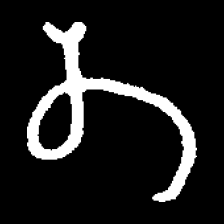
Pyu character \u2014 Myanmar letter: တ (romanized: ta)